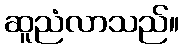
ဆူညံလာသည်။